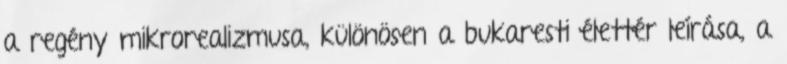
a regény mikrorealizmusa, különösen a bukaresti élettér leírása, a